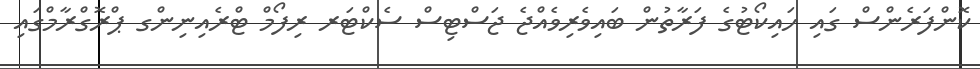
ކޮންފަރެންސް ގައި ހައިކޯޓުގެ ފަރާތުން ބައިވެރިވެއްޖެ ޖަސްޓިސް ސެކްޓަރ ރިފޯމް ޓްރެއިނިންގ ޕްރޮގްރާމްގައި